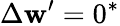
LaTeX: \Delta\mathbf{w}^{\prime}=0^{*}